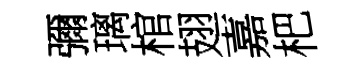
彌璃棺翅嘉杷